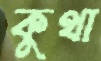
কুথা